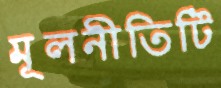
মূলনীতিটি